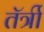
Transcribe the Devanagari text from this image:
तॅर्त्री